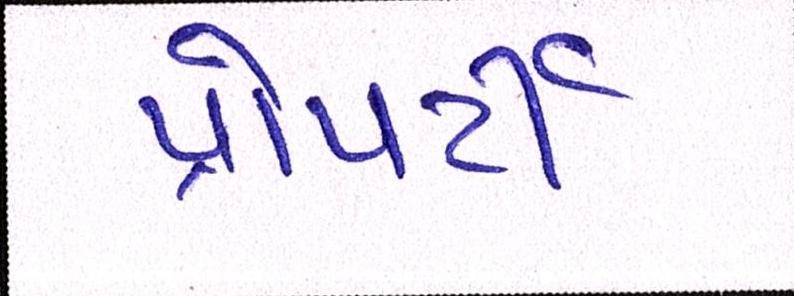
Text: પ્રોપર્ટી